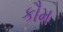
કૌમ